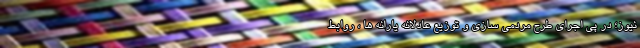
نیوز؛ در پی اجرای طرح مردمی سازی و توزیع عادلانه یارانه ها ، روابط